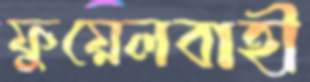
ফুয়েলবাহী